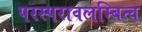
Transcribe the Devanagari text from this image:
परस्परावलम्बित्व